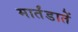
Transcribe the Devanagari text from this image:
मार्तंडातें